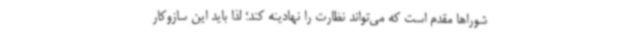
شوراها مقدم است که می‌تواند نظارت را نهادینه کند؛ لذا باید این سازوکار